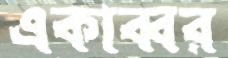
একাব্বর